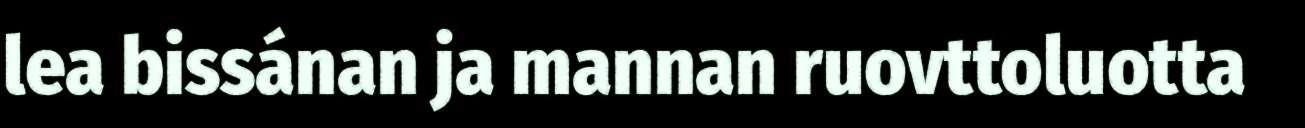
lea bissánan ja mannan ruovttoluotta